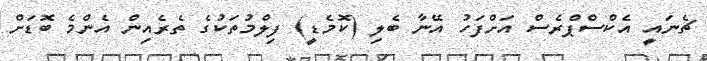
ޗެނައީ އެކްސްޕްރެސް އަށްފަހު އޭނާ ބެލި (ކޮމެޑީ) ފިލްމުތަކުގެ ތެރެއިން އެންމެ ބޮޑަށް